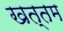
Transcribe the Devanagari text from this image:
खत्तम